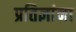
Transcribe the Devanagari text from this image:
प्रतिज्ञांना